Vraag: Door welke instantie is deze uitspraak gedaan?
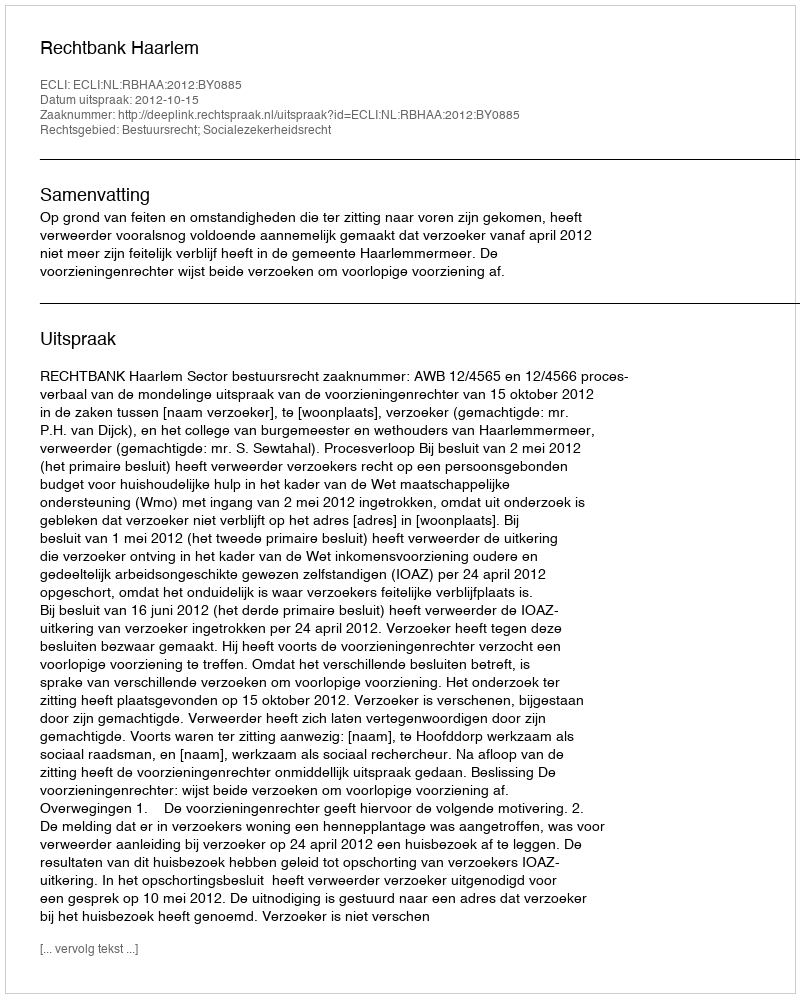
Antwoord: Rechtbank Haarlem